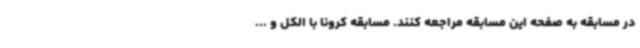
در مسابقه به صفحه این مسابقه مراجعه کنند. مسابقه کرونا با الکل و ...